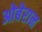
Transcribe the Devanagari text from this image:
ओबेरान